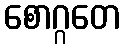
စောဂ္ဂတေ